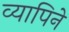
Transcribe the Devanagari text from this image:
व्यापिने